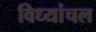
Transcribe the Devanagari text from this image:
विध्यांचल